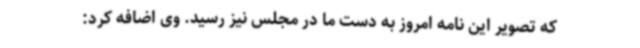
که تصویر این نامه امروز به دست ما در مجلس نیز رسید. وی اضافه کرد: